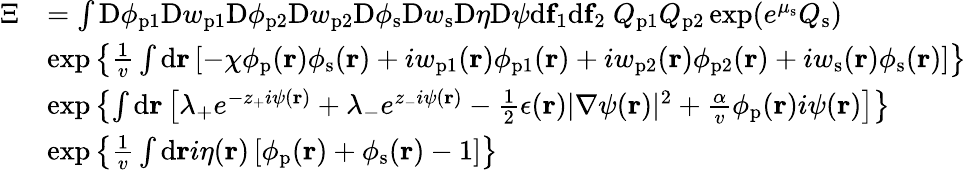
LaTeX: \begin{array}{rl}{\Xi}&{=\int\mathrm{D}\phi_{\mathrm{p}1}\mathrm{D}w_{\mathrm{p}1}\mathrm{D}\phi_{\mathrm{p}2}\mathrm{D}w_{\mathrm{p}2}\mathrm{D}\phi_{\mathrm{s}}\mathrm{D}w_{\mathrm{s}}\mathrm{D}\eta\mathrm{D}\psi\mathrm{d}\mathbf{f}_{1}\mathrm{d}\mathbf{f}_{2}\ Q_{\mathrm{p}1}Q_{\mathrm{p}2}\exp(e^{\mu_{\mathrm{s}}}Q_{\mathrm{s}})}\\ &{\exp\left\{ \frac{1}{v}\int\mathrm{d}\mathbf{r}\left[-\chi\phi_{\mathrm{p}}(\mathbf{r})\phi_{\mathrm{s}}(\mathbf{r})+iw_{\mathrm{p}1}(\mathbf{r})\phi_{\mathrm{p}1}(\mathbf{r})+iw_{\mathrm{p}2}(\mathbf{r})\phi_{\mathrm{p}2}(\mathbf{r})+iw_{\mathrm{s}}(\mathbf{r})\phi_{\mathrm{s}}(\mathbf{r})\right]\right\} }\\ &{\exp\left\{ \int\mathrm{d}\mathbf{r}\left[\lambda_{+}e^{-z_{+}i\psi(\mathbf{r})}+\lambda_{-}e^{z_{-}i\psi(\mathbf{r})}-\frac{1}{2}\epsilon(\mathbf{r})|\nabla\psi(\mathbf{r})|^{2}+\frac{\alpha}{v}\phi_{\mathrm{p}}(\mathbf{r})i\psi(\mathbf{r})\right]\right\} }\\ &{\exp\left\{ \frac{1}{v}\int\mathrm{d}\mathbf{r}i\eta(\mathbf{r})\left[\phi_{\mathrm{p}}(\mathbf{r})+\phi_{\mathrm{s}}(\mathbf{r})-1\right]\right\} }\end{array}